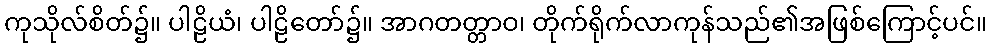
ကုသိုလ်စိတ်၌။ ပါဠိယံ၊ ပါဠိတော်၌။ အာဂတတ္တာဝ၊ တိုက်ရိုက်လာကုန်သည်၏အဖြစ်ကြောင့်ပင်။